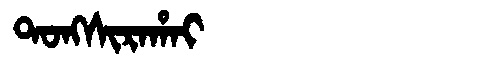
Manchu: ᡨᠣᠩᠰᡳᡵᠠᡥᠠᡳ
Romanization: TONGSIRAHAI